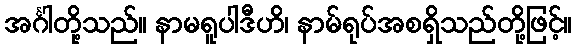
အင်္ဂါတို့သည်။ နာမရူပါဒီဟိ၊ နာမ်ရုပ်အစရှိသည်တို့ဖြင့်။